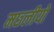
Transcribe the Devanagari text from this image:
मछ्लीयों